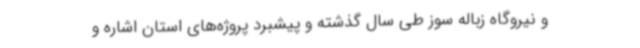
و نیروگاه زباله سوز طی سال گذشته و پیشبرد پروژه‌های استان اشاره و